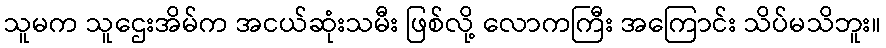
သူမက သူဌေးအိမ်က အငယ်ဆုံးသမီး ဖြစ်လို့ လောကကြီး အကြောင်း သိပ်မသိဘူး။